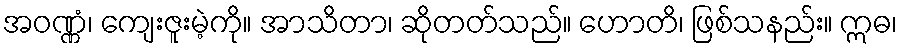
အဝဏ္ဏံ၊ ကျေးဇူးမဲ့ကို။ အာသိတာ၊ ဆိုတတ်သည်။ ဟောတိ၊ ဖြစ်သနည်း။ ဣဓ၊